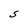
Character: S